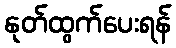
နုတ်ထွက်ပေးရန်